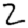
Digit: 2